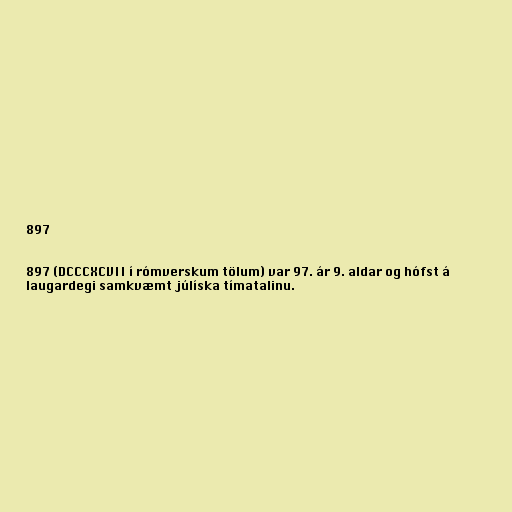
897

897 (DCCCXCVII í rómverskum tölum) var 97. ár 9. aldar og hófst á
laugardegi samkvæmt júlíska tímatalinu.